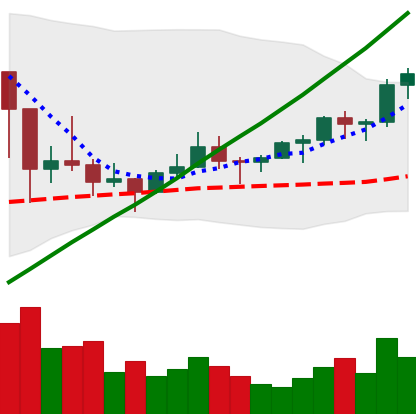
Ticker: LTC-USD
Chart end date: 2021-03-13
Forward return: -11.493%
Label: down_7plus